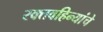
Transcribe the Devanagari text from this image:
रक्तवहिन्यांचे